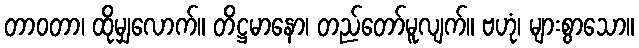
တာဝတာ၊ ထိုမျှလောက်။ တိဋ္ဌမာနော၊ တည်တော်မူလျက်။ ဗဟုံ၊ များစွာသော။